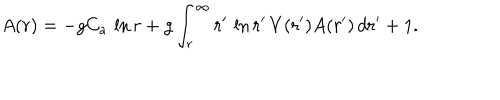
A ( r ) = - g C _ { a } \, \ln r + g \int _ { r } ^ { \infty } r ^ { \prime } \, \ln r ^ { \prime } \, V ( r ^ { \prime } ) A ( r ^ { \prime } ) \, d r ^ { \prime } + 1 .